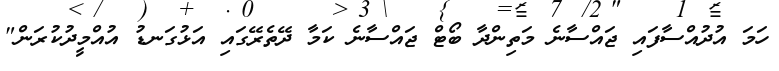
ހަމަ އުދުއްސާފައި ޖައްސާނެ މަތިންދާ ބޯޓް ޖައްސާނެ ކަމާ ދޭތެރޭގައި އަޅުގަނޑު އުއްމީދުކުރަން"